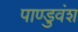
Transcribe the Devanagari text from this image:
पाण्डुवंश